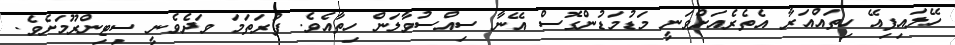
ހޭލައިފިއޭ ހިތައްއަރާ އެތެރެއަށްވަނީ މަޑުމަޑުންގޮސް އޭނާ ސިއްސުވާލަން ހިތާއެވެ. ފުރަތަމަ ވަދެވެނީ ސިޓިންރޫމަށެވެ.